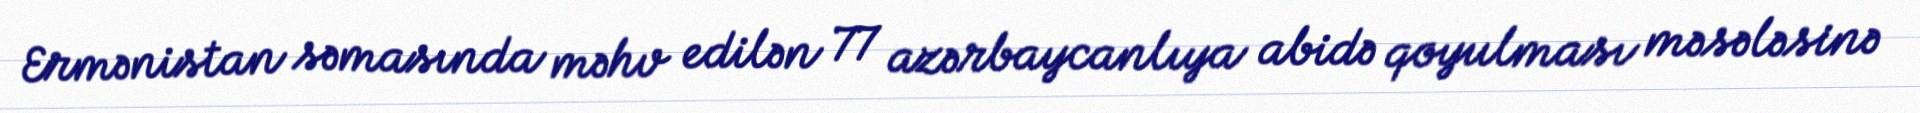
Ermənistan səmasında məhv edilən 77 azərbaycanlıya abidə qoyulması məsələsinə